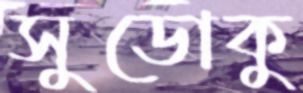
সুডোকু